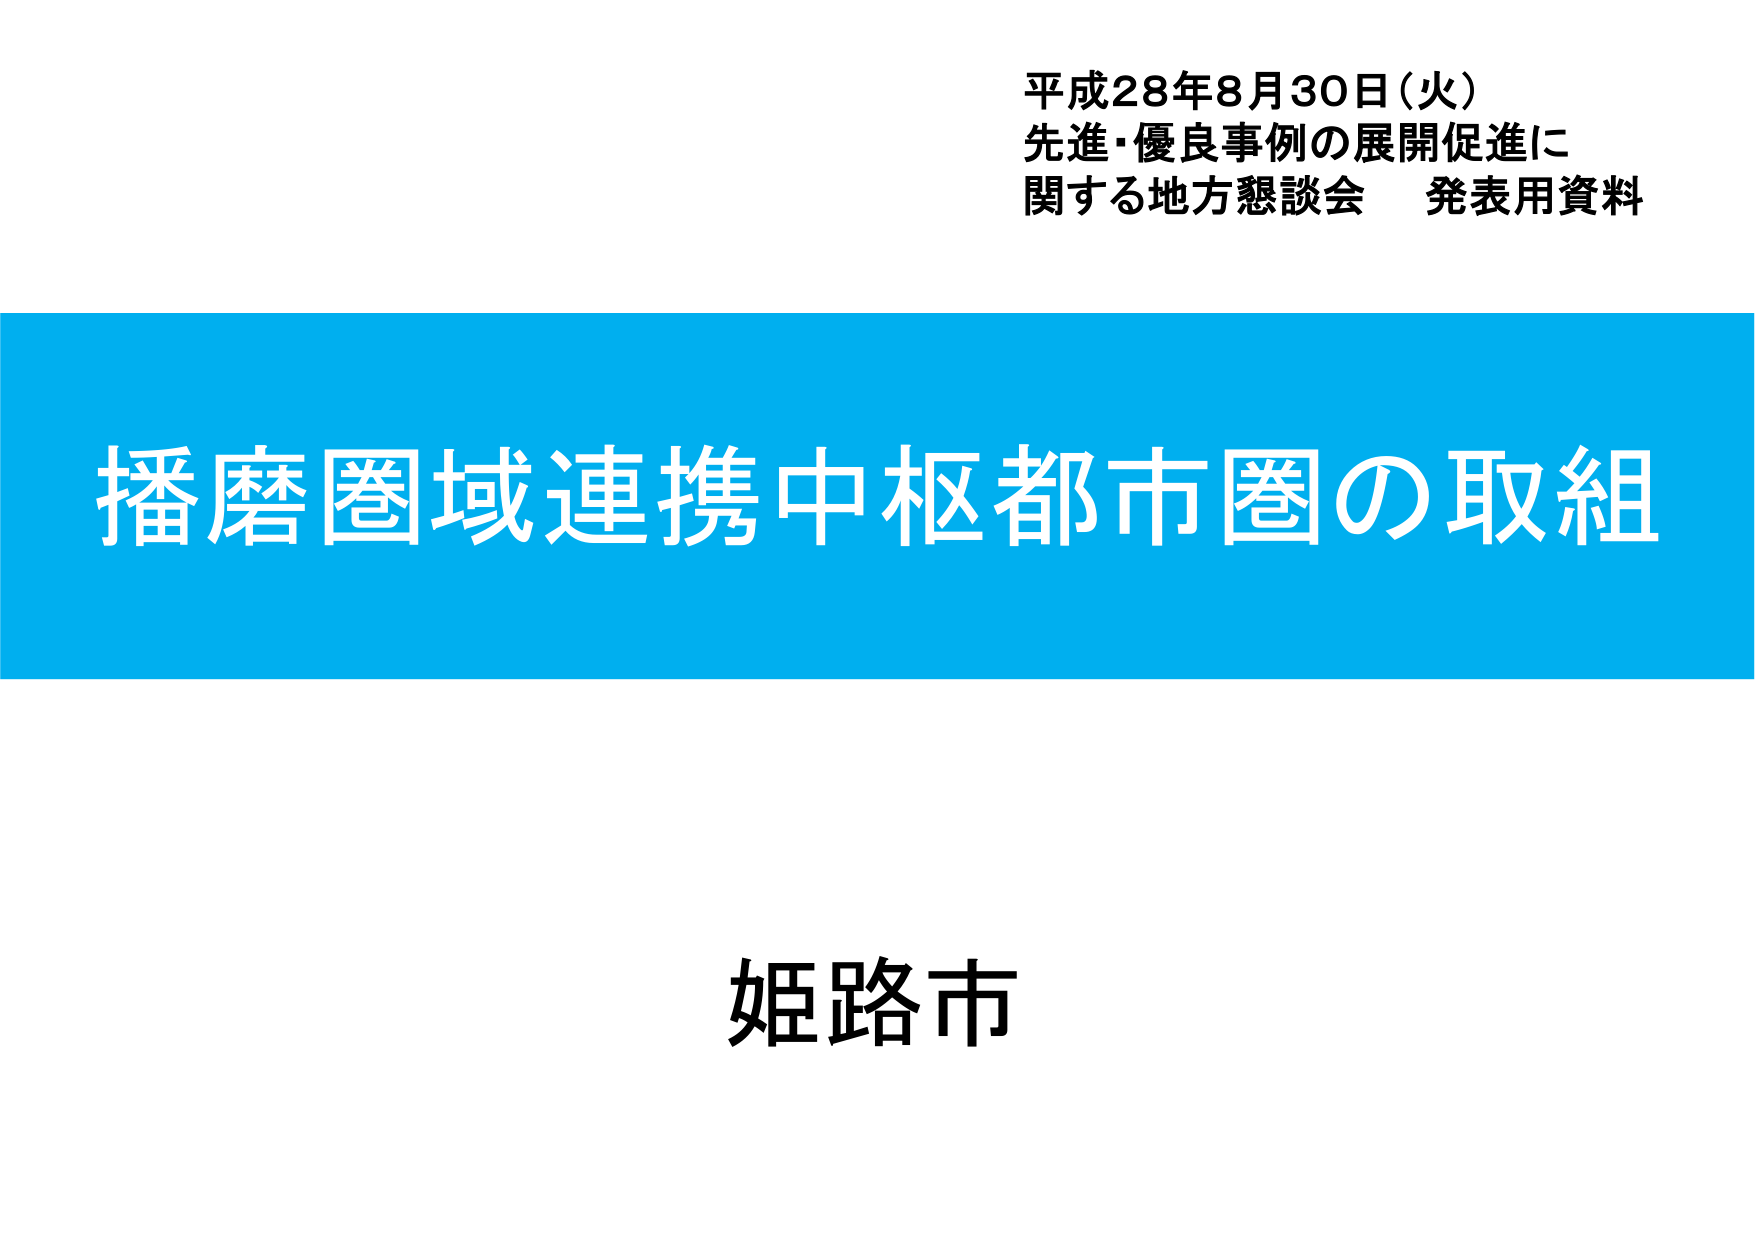
平成28年8月30日（火）
先進・優良事例の展開促進に
関する地方懇談会 発表用資料

播磨圏域連携中枢都市圏の取組

姫路市